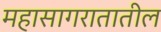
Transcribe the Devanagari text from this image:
महासागरातातील